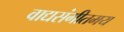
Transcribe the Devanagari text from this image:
वाद्यसंगीतमय